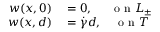
\begin{array} { r l } { w ( x , 0 ) } & { { } = 0 , \quad \; \, \mathrm { ~ o ~ n ~ } { \cal L } _ { \pm } } \\ { w ( x , d ) } & { { } = \dot { \gamma } d , \quad \mathrm { ~ o ~ n ~ } { \cal T } } \end{array}